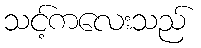
သင့်ကလေးသည်